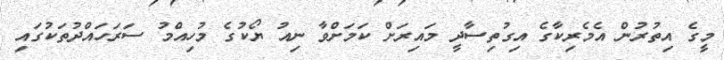
މީގެ އިތުރުން އެމެރިކާގެ އިގުތިސާދީ މައިރަށް ކަމަށްވާ ނިއު ޔޯކުގެ މުހިއްމު ސަރަހައްދުތަކުގައި